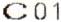
C01